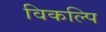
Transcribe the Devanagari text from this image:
विकल्पि